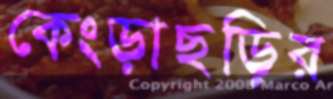
কেংড়াছড়ির